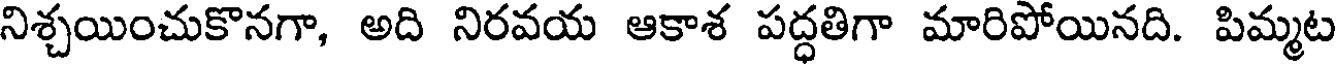
నిశ్చయించుకొనగా, అది నిరవయ ఆకాశ పద్ధతిగా మారిపోయినది. పిమ్మట